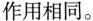
作用相同。